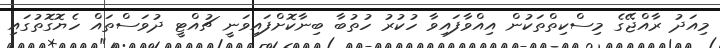
މިއަދު ރާއްޖޭގެ މިސްކިތްތަކުން އިއްވާފައިވާ ހުކުރު ހުތުބާ ބިނާކޮށްފައިވަނީ ޗުއްޓީ ދުވަސްތައް ހެޔޮގޮތުގައި